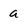
Character: a